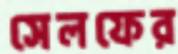
সেলফের